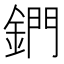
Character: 鍆